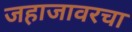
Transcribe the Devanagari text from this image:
जहाजावरचा